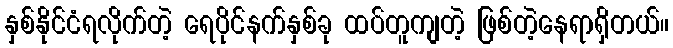
နှစ်နိုင်ငံရလိုက်တဲ့ ရေပိုင်နက်နှစ်ခု ထပ်တူကျတဲ့ ဖြစ်တဲ့နေရာရှိတယ်။